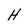
Character: H